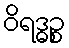
ဝိရဒ္ဓဉ္စ